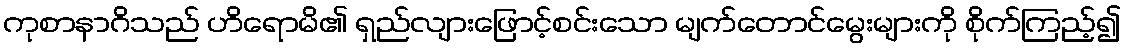
ကုစာနာဂိသည် ဟိရောမိ၏ ရှည်လျားဖြောင့်စင်းသော မျက်တောင်မွေးများကို စိုက်ကြည့်၍